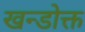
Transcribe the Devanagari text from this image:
खन्डोक्त